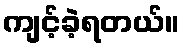
ကျင့်ခဲ့ရတယ်။